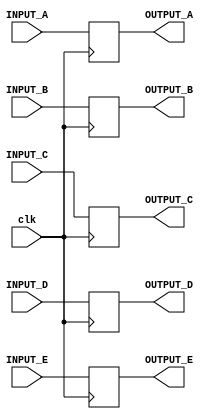
module analyzer (clk, INPUT_A, INPUT_B, INPUT_C, INPUT_D, INPUT_E, OUTPUT_A, OUTPUT_B, OUTPUT_C, OUTPUT_D, OUTPUT_E);
   
   input clk;
   input INPUT_A;
	input INPUT_B;
	input INPUT_C;
   input INPUT_D;
   input INPUT_E;

	output reg OUTPUT_A = 1'b0;
	output reg OUTPUT_B = 1'b0;
	output reg OUTPUT_C = 1'b0;
	output reg OUTPUT_D = 1'b0;
	output reg OUTPUT_E = 1'b0;

	always @(posedge clk) begin
   OUTPUT_A <= INPUT_A;
	OUTPUT_B <= INPUT_B;
	OUTPUT_C <= INPUT_C;
   OUTPUT_D <= INPUT_D;
   OUTPUT_E <= INPUT_E;

   end


endmodule